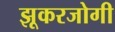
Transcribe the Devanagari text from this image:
झूकरजोगी